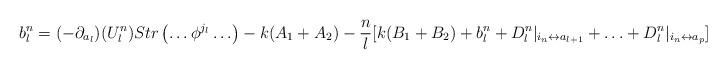
LaTeX: \begin{align*}b^n_l=(-\partial_{ a_l})(U^n_l)Str\left(\ldots \phi^{j_l}\ldots \right)-k(A_1+A_2)-\frac{n}{l}[ k(B_1+B_2)+b^n_l+D^n_l|_{i_n\leftrightarrow a_{l+1}}+\ldots +D^n_l|_{i_n\leftrightarrow a_p}]\end{align*}